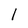
Character: l